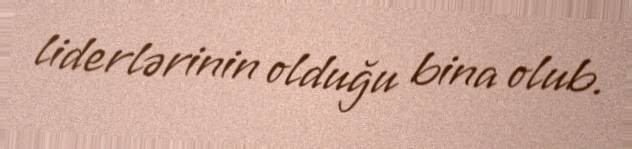
liderlərinin olduğu bina olub.